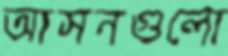
আসনগুলো